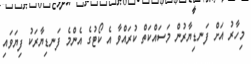
މިހާރު އަށް ފަނޑިޔާރުން މަސައްކަތް ކުރައްވާ އެ ކޯޓުގެ އެންމެ ފަނޑިޔާރަކު ފިޔަވައި